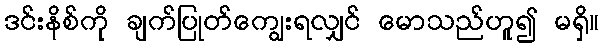
ဒင်းနိစ်ကို ချက်ပြုတ်ကျွေးရလျှင် မောသည်ဟူ၍ မရှိ။